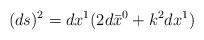
LaTeX: \begin{align*}(ds)^{2}=dx^{1}(2d\bar{x}^{0}+k^{2}dx^{1})\end{align*}